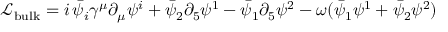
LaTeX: \mathcal { L } _ { \mathrm { b u l k } } = i \, \bar { \psi } _ { i } \gamma ^ { \mu } \partial _ { \mu } \psi ^ { i } + \bar { \psi } _ { 2 } \partial _ { 5 } \psi ^ { 1 } - \bar { \psi } _ { 1 } \partial _ { 5 } \psi ^ { 2 } - \omega ( \bar { \psi } _ { 1 } \psi ^ { 1 } + \bar { \psi } _ { 2 } \psi ^ { 2 } )